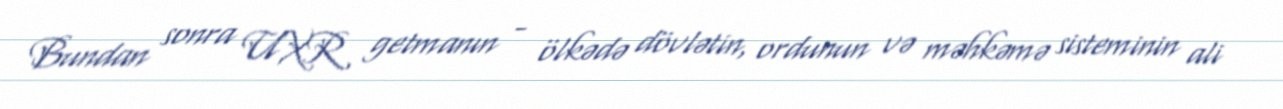
Bundan sonra UXR getmanın - ölkədə dövlətin, ordunun və məhkəmə sisteminin ali